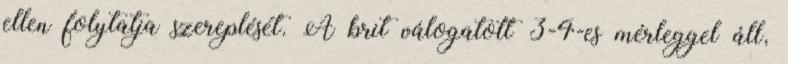
ellen folytatja szereplését. A brit válogatott 3-4-es mérleggel áll,